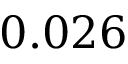
0 . 0 2 6